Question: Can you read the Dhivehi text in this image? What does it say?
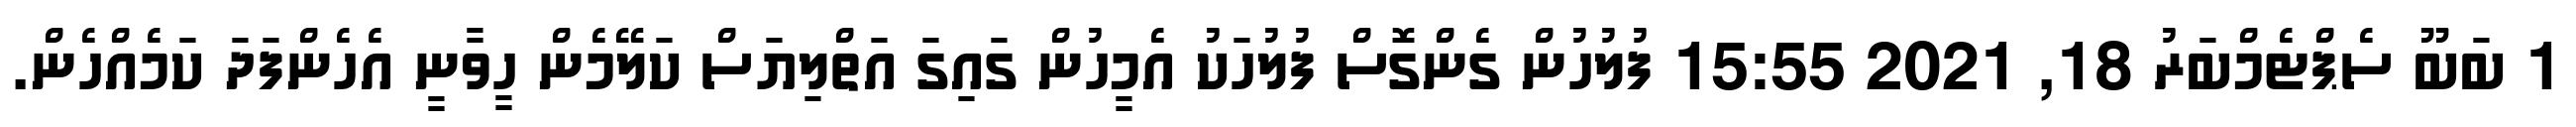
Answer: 1 ބަބޫ ސެޕްޓެމްބަރު 18, 2021 15:55 ފުލުހުން ގެންގޮސް ފުލުހަކު އެމީހުން ގައިގަ އަތްލިޔަސް ކަލޭމެން ހީވާނީ އެހެންފަދަ ކަމެއްހެން.